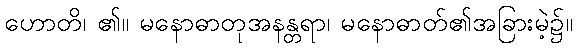
ဟောတိ၊ ၏။ မနောဓာတုအနန္တရာ၊ မနောဓာတ်၏အခြားမဲ့၌။